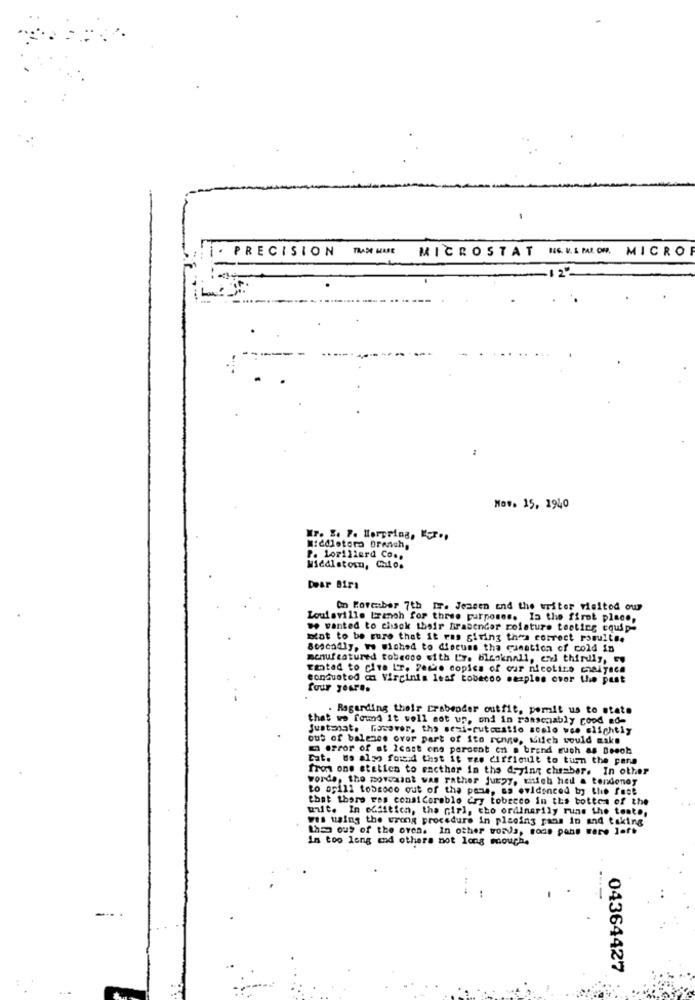
PRECISION
TRADE HABE
MICROSTAT
NG. V. S MALOM. MICRO
:
Nov. 15. 1940
Mr. E. P. Herpring, Ker .,
Middletora Branch,
P. Lorillard Co .,
Middletown, Chio.
Dear Birs
On Forcaber 7th IT. Jensen and the writer visitod our
Louisville tranch for three purposes. In the first place,
we wanted to chsck their Brabender rolature testing equip-
blot to be sure that it was giving thes correct romults.
Sescadly, ww wished to discuss tha cumation of cold in
menufeatured tobacco with Ly. blesknali, en thirdly, Eu
wanted to cite L'r. Fece copies of car nicotine chaiyaca
eanduated an Virginia leaf tobecoo mazples over the past
four your ..
. Regarding their crabeoder outfit, pormit us to state
that we found it vell set up, ond in rassenably rood ad-
Justosat. Gocaver, the semi-cutccatio soslo was slightly
out of balence over part of ito renge, Milch would make
E error of at least one percent on @ brand such as Boooh
Cat. do also found that it was difficult to turn the pane
front one stetien to encther in the drying chamber. In other
words, the moveaint was rather jutpy, which hed a tendonoy
to apill tobeoco out of the pane, as evidenced in the face
that there res consiCoreblo Cry tobeeco in the botten of the
whit. In addition, the Girl, cho ordinarily runs the teste,
wis using the wrong procedure in placing pans in and taking
then ous of the oven. In other words, soas pans were left
In too long and others not long mouch.
04364427